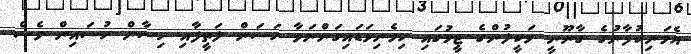
އެމަނިކުފާނުގެ ގާނޫނީ ވަކީލުންގެ ޓީމުގައި ހިމެނިވަޑައިގަންނަވާ ހަސަން ލަތީފާއި ހިސާން ހުސައިން ވެސް